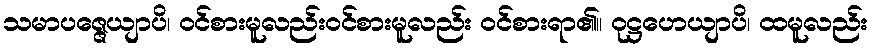
သမာပဇ္ဇေယျာပိ၊ ဝင်စားမူလည်းဝင်စားမူလည်း ဝင်စားရာ၏။ ဝုဋ္ဌဟေယျာပိ၊ ထမူလည်း